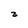
Character: 3